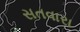
સતવારા